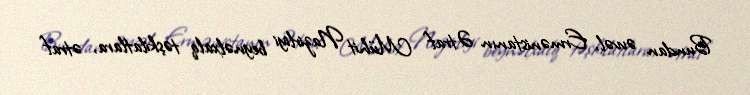
Bundan əvvəl, Ermənistanın Ətraf Mühit Nazirliyi beynəlxalq təşkilatlara, ətraf